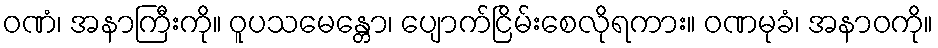
ဝဏံ၊ အနာကြီးကို။ ဝူပသမေန္တော၊ ပျောက်ငြိမ်းစေလိုရကား။ ဝဏမုခံ၊ အနာဝကို။